Lunatic asylums Madras 1877-1891 - 1877-1891
Year: 1877
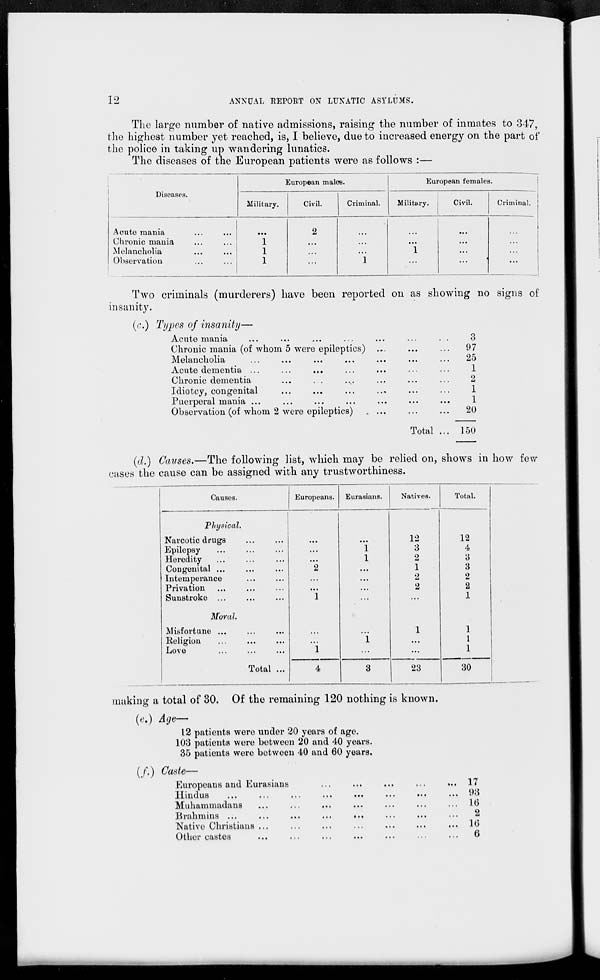
12
ANNUAL REPORT ON LUNATIC ASYLUMS.
The large number of native admissions, raising the number of inmates to 347,
the highest number yet reached, is, I believe, due to increased energy on the part of
the police in taking up wandering lunatics.
The diseases of the European patients were as follows :—
Diseases.
Acute mania ... ... ...
Chronic mania... ... ...
Melancholia... ... ...
Observation
...
...
European males.
Military.
...
1
1
1
Civil.
2
...
...
...
Criminal.
...
...
...
1
European females.
Military.
...
...
1
...
Civil.
...
...
...
...
Criminal.
...
...
...
...
Two criminals (murderers) have been reported on as showing no signs of
insanity.
(c.) Types of insanity—
Acute mania ... ... ... ... ... ...
Chronic mania (of whom 5 were epileptics)... ... ...
Melancholia ... ... ... ... ... ...
Acute dementia ...
...
... ... ... ...
Chronic dementia ... ... ... ... ... ...
Idiotcy, congenital ... ... ... ... ... ...
Puerperal mania ... ... ... ... ... ... ...
Observation (of whom 2 were epileptics) ... ... ...
Total ...
3
97
25
1
2
1
1
20
150
(d.) Causes.—The following list, which may be relied on, shows in how few
cases the cause can be assigned with any trustworthiness.
Causes.
Physical.
Narcotic drugs... ...
Epilepsy... ... ...
Heredity... ... ...
Congenital ... ... ...
Intemperance... ... ...
Privation... ... ...
Sunstroke ... ... ...
Moral.
Misfortune ... ... ...
Religion... ... ...
Love... ... ...
Total ...
Europeans.
...
...
...
2
...
...
1
...
...
1
4
Eurasians.
...
1
1
...
...
...
...
...
1
...
3
Natives.
12
3
2
1
2
2
...
1
...
...
23
Total.
12
4
3
3
2
2
1
1
1
1
30
making a total of 30. Of the remaining 120 nothing is known.
(e.) Age—
12 patients were under 20 years of age.
103 patients were between 20 and 40 years.
35 patients were between 40 and 60 years.
(f.) Caste—
Europeans and Eurasians... ... ... ... ...
Hindus ... ... ... ... ... ...
Muhammadans ... ... ... ... ... ...
Brahmins ...
...
...
...
...
...
Native Christians ... ... ... ... ... ... ...
Other castes ... ... ... ... ... ...
17
93
16
2
16
6